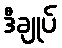
ဒီချုပ်